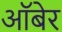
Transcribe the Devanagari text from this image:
ऑबेर